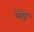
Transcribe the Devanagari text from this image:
प्ण